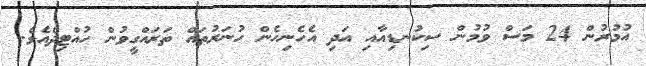
އުމުރުން 24 މަސް ވުމުން ސިކުނޑިއާއި އަދި އެހެނިހެން ހުނަރުތައް ތަރައްގީވުން ހުއްޓިދެއެވެ.